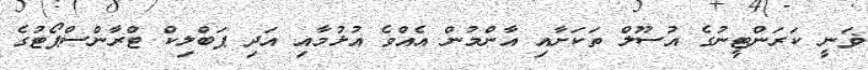
ޥަނީ ކަރަންޓީނުގެ އުސޫލް ތަކަށާއި އާންމުން އެއްވެ އުޅުމާއި އަދި ޕަބްލިކް ޓްރާންސްޕޯޓުގެ